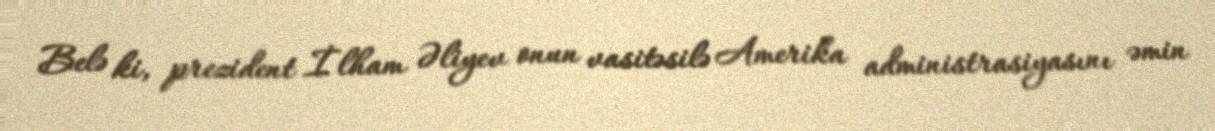
Belə ki, prezident İlham Əliyev onun vasitəsilə Amerika administrasiyasını əmin